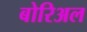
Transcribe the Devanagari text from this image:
बोरिअल